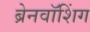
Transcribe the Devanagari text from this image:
ब्रेनवॉशिंग